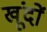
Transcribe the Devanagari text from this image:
खूंदों